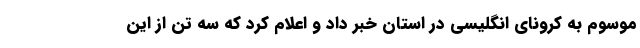
موسوم به کرونای انگلیسی در استان خبر داد و اعلام کرد که سه تن از این